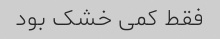
فقط کمی خشک بود